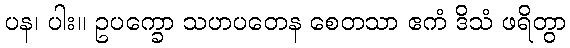
ပန၊ ပါး။ ဥပက္ခော သဟပတေန စေတသာ ဧကံ ဒိသံ ဖရိတွာ